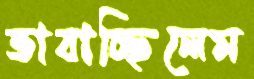
ভাবাচ্ছিলেম